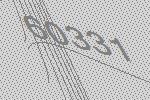
60331